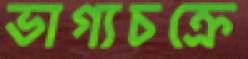
ভাগ্যচক্রে